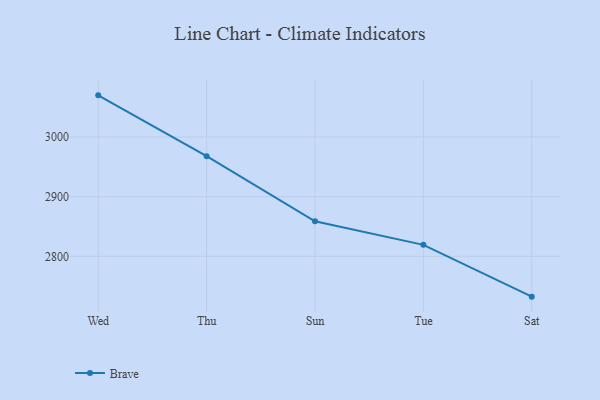
{"axis": {"x": "Day", "y": "Satisfaction Score"}, "legend": ["Brave"], "data": [{"x": "Wed", "y": 3069.8, "type": "Brave"}, {"x": "Thu", "y": 2967.8, "type": "Brave"}, {"x": "Sun", "y": 2858.7, "type": "Brave"}, {"x": "Tue", "y": 2819.2, "type": "Brave"}, {"x": "Sat", "y": 2732.4, "type": "Brave"}]}